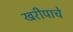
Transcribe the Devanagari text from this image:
खरीपाचे